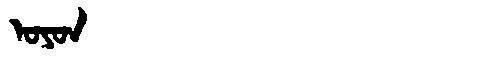
Manchu: ᠣᠶᠣᠨ
Romanization: OYON